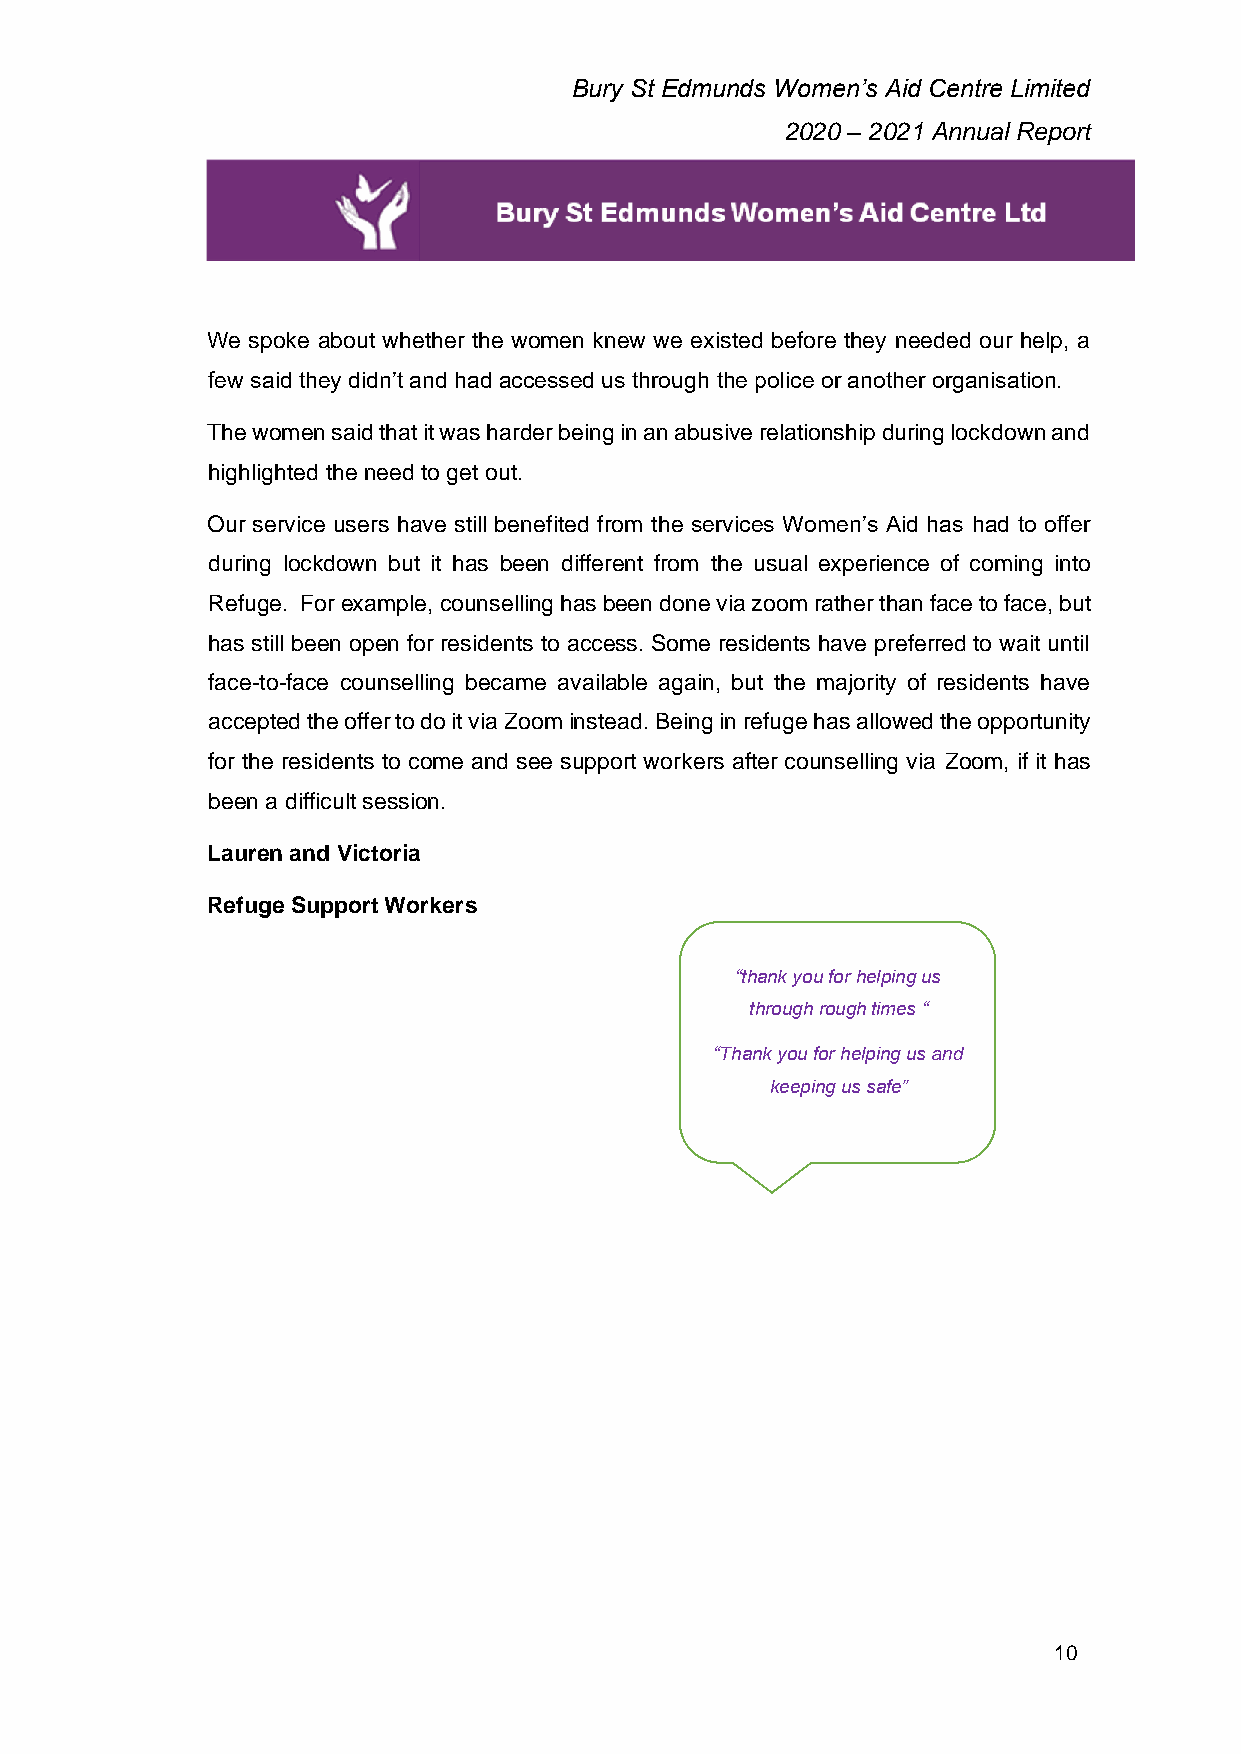
Bury St Edmunds Women’s Aid Centre Limited
 2020 – 2021 Annual Report
 We spoke about whether the women knew we existed before they needed our help, a
 few said they didn’t and had accessed us through the police or another organisation.
 The women said that it was harder being in an abusive relationship during lockdown and
 highlighted the need to get out.
 Our service users have still benefited from the services Women’s Aid has had to offer
 during lockdown but it has been different from the usual experience of coming into
 Refuge. For example, counselling has been done via zoom rather than face to face, but
 has still been open for residents to access. Some residents have preferred to wait until
 face-to-face counselling became available again, but the majority of residents have
 accepted the offer to do it via Zoom instead. Being in refuge has allowed the opportunity
 for the residents to come and see support workers after counselling via Zoom, if it has
 been a difficult session.
 Lauren and Victoria
 Refuge Support Workers
 “thank you for helping us
 through rough times “
 “Thank you for helping us and
 keeping us safe”
 10